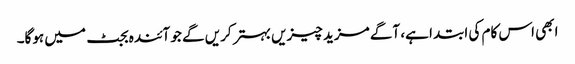
ابھی اس کام کی ابتدا ہے، آگے مزید چیزیں بہتر کریں گے جو آئندہ بجٹ میں ہوگا۔